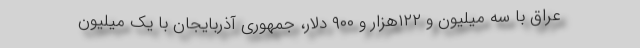
عراق با سه میلیون و ۱۲۲هزار و ۹۰۰ دلار، جمهوری آذربایجان با یک میلیون